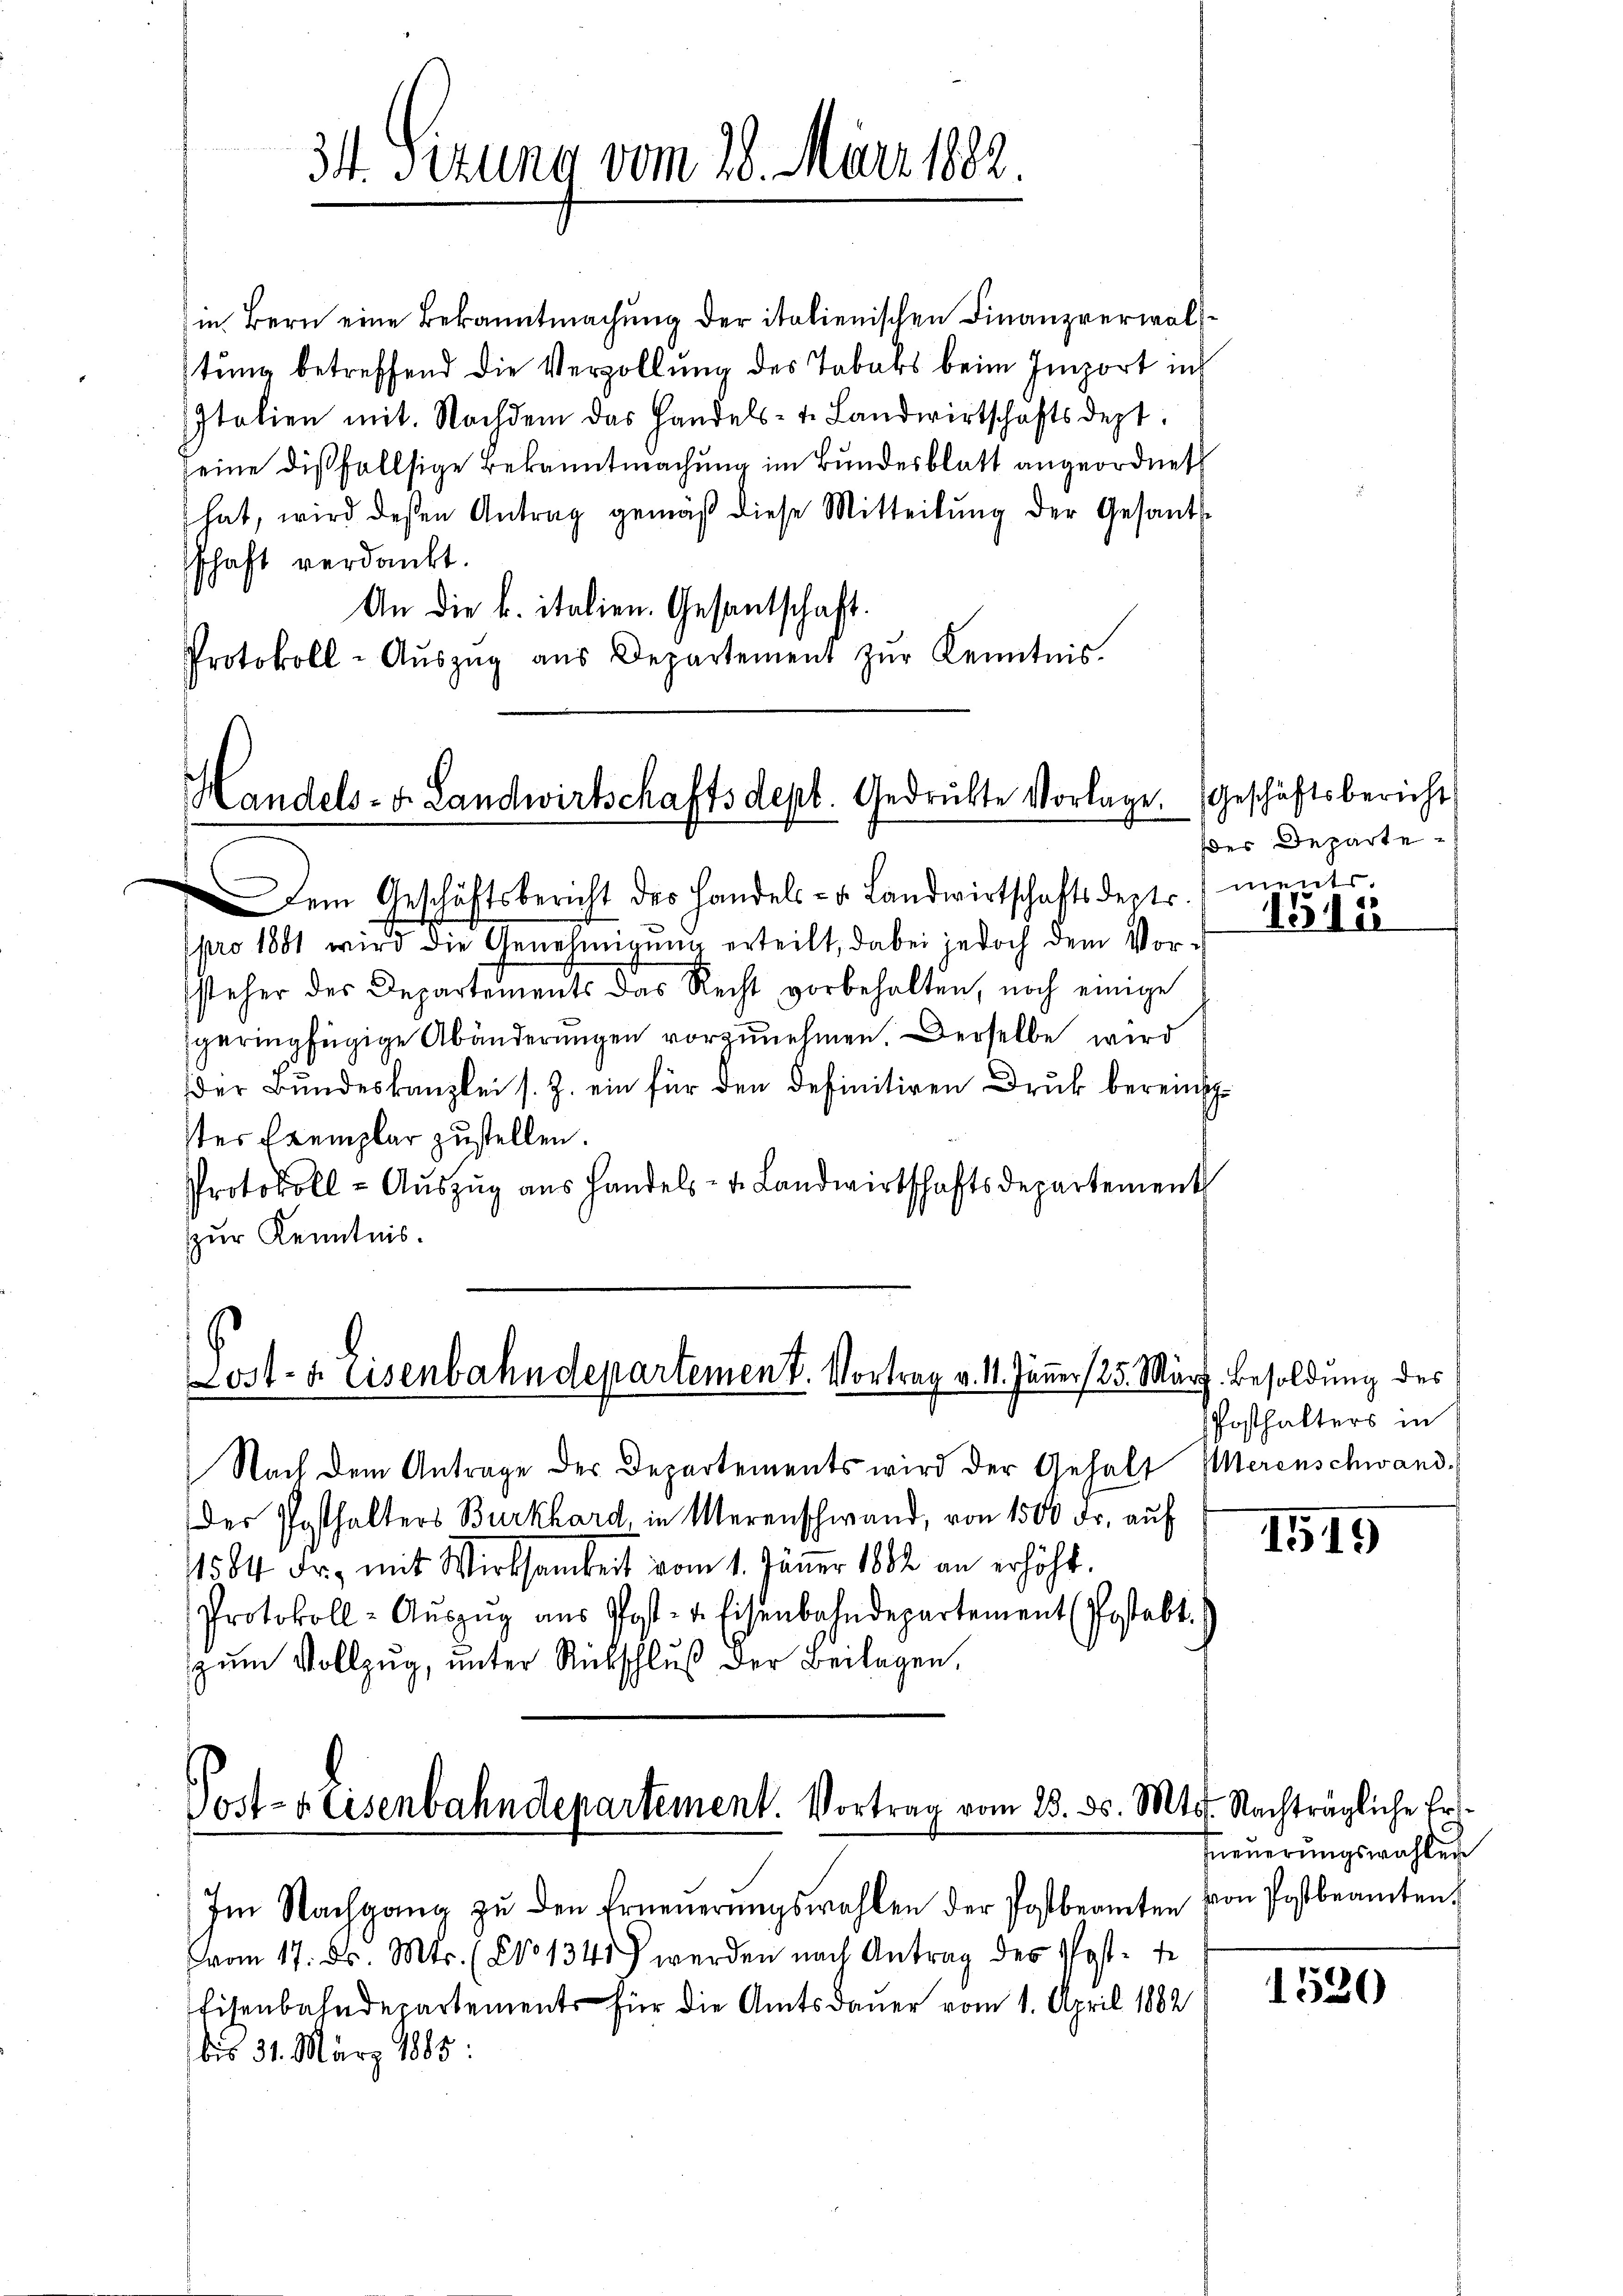
34. Setung vom 28. März 1882.

in Bern eine Bekanntmachung der italienischen Finanzverwal
stung betreffend die Verzollung des Tabaks beim Import ins
Italien mit. Nachdem das Handels-t. Landwirtschaftsdept.
seine dißfallsige Bekanntmachung im Bundesblatt angeordnet
hat, wird deßen Antrag gemäβ diese Mitteilŭng der Gesants-
schaft verdankt.
An die k. italien. Gesantschaft.
Protokoll-Aŭszŭg aŭs Departement zŭr Kenntnis.

Handels- u. Landwirtschaftsdept. Gedrückte Vorlage.
x

Dem Geschäftsbericht des Handels- u. Landwirtschaftsdeptr. ments.
pro 1881 wird die Genehmigŭng erteilt, dabei jedoch dem Vor-
steher des Departements das Recht vorbehalten, noch einige
sgeringfügige Abänderungen vorzunehmen. Derselbe wird
der Bundeskanzlei s. Z. ein für den definitiven Druk bereinsstes Exemplar zustellen.
Protokoll - Auszug aus Handels- u. Landwirtschaftsdepartement
zur Kenntnis.

Lost- & Eisenbahndepartement. Vortrag v. 11. Jänner (25. März. Besoldung des
Nach dem Antrage der Departements wird der Gehalt Werenschwand¬

der Posthalters Burkhard, in Merenschwand, von 1500 Fr. auf
1584 Fr. mit Wirksamkeit vom 1. Jänner 1882 an erhöht.
Protokoll-Aŭszŭg aŭs Post- u. Eisenbahndepartement (Postabt.
zum Vollzug, unter Rückschluß der Beilagen,

Post- & Eisenbahndepartement. Vortrag vom 23. ds. Mts. Nachträgliche Er¬
Im Nachgang zŭ den Erneŭerŭngswahlen der Postbeamten von Postbeamten.

vom 17. ds. Mts. (No 1341) werden nach Antrag des Post-te
Eisenbahndepartements für die Amtsdauer vom 1. April 1882
bis 31. März 1885.

Geschäftsbericht
des Departe¬

1312

Posthalters in

1519

neuerungswahlen

1520